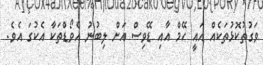
ވަގުތުކޮޅުތަކެއް އައީ ހޭމް އާއި ޑޭވިސް އަށް ލިބުނު އެވޯޑްތަކާ އެކުގަ އެވެ.